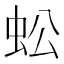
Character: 蚣